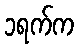
၁ရက်က